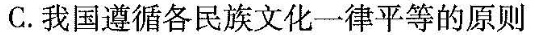
C.我国遵循各民族文化一律平等的原则